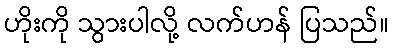
ဟိုးကို သွားပါလို့ လက်ဟန် ပြသည်။